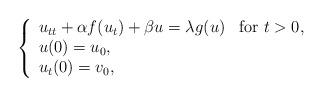
LaTeX: \begin{align*}\left\{\begin{array}{ll}u_{tt} + \alpha f(u_{t}) + \beta u = \lambda g(u)& \mbox{for $t>0$}, \\u(0) = u_{0}, \\u_{t}(0) = v_{0},\end{array}\right.\end{align*}